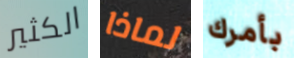
الكثير لماذا بأمرك